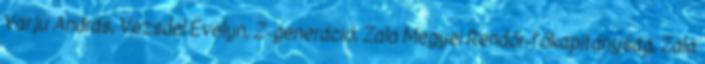
Varju András, Vezsdel Evelyn, Z-generáció, Zala Megyei Rendőr-főkapitányság, Zala